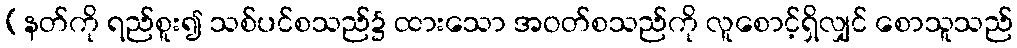
(နတ်ကို ရည်စူး၍ သစ်ပင်စသည်၌ ထားသော အဝတ်စသည်ကို လူစောင့်ရှိလျှင် စောသူသည်